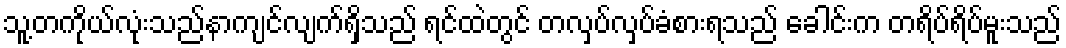
သူ့တကိုယ်လုံးသည်နာကျင်လျက်ရှိသည် ရင်ထဲတွင် တလှပ်လှပ်ခံစားရသည် ခေါင်းက တရိပ်ရိပ်မူးသည်